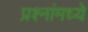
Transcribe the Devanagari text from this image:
प्रश्‍नांमध्‍ये